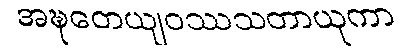
အဍ္ဎတေယျဝဿသတာယုကာ